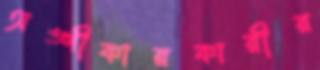
অঙ্গীকারকারীর